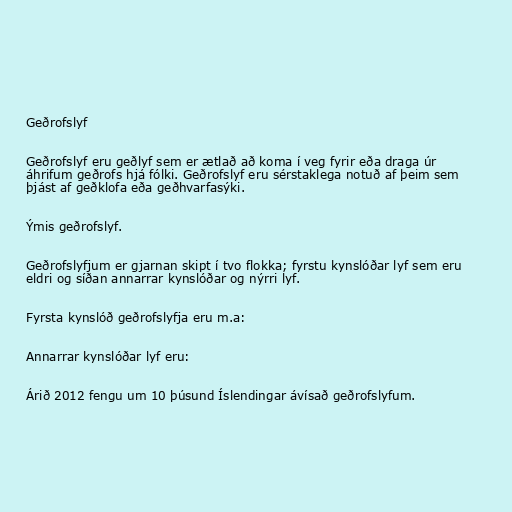
Geðrofslyf

Geðrofslyf eru geðlyf sem er ætlað að koma í veg fyrir eða draga úr
áhrifum geðrofs hjá fólki. Geðrofslyf eru sérstaklega notuð af þeim sem
þjást af geðklofa eða geðhvarfasýki.

Ýmis geðrofslyf.

Geðrofslyfjum er gjarnan skipt í tvo flokka; fyrstu kynslóðar lyf sem eru
eldri og síðan annarrar kynslóðar og nýrri lyf.

Fyrsta kynslóð geðrofslyfja eru m.a:

Annarrar kynslóðar lyf eru:

Árið 2012 fengu um 10 þúsund Íslendingar ávísað geðrofslyfum.